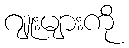
ဂျူးများကို